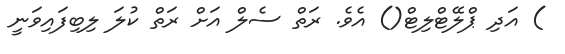
) އަދި ޕްލޭޓްލިޓް() އެވެ. ރަތް ސެލް އަށް ރަތް ކުލަ ލިބިފައިވަނީ